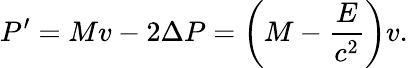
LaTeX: P^{\prime}=Mv-2\Delta P=\left(M-{\frac{E}{c^{2}}}\right)v.